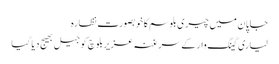
جاپان میں چیری بلوسم کا خوبصورت نظارہ
لیاری گینگ وار کے سرغنہ عزیربلوچ کو جیل بھیج دیا گیا